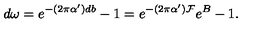
d \omega = e ^ { - ( 2 \pi \alpha ^ { \prime } ) d b } - 1 = e ^ { - ( 2 \pi \alpha ^ { \prime } ) { \cal F } } e ^ { B } - 1 .